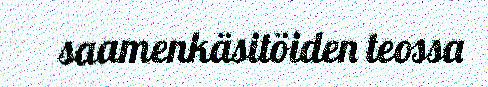
saamenkäsitöiden teossa